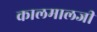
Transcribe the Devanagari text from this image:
कालमालजी